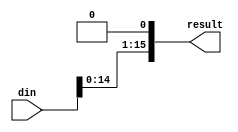
module shifter(result,din);
output [15:0]result;
input [15:0]din;
assign result=din<<1;
endmodule